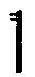
1